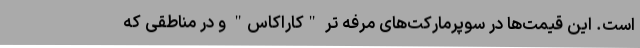
است. این قیمت‌ها در سوپرمارکت‌های مرفه تر "کاراکاس" و در مناطقی که